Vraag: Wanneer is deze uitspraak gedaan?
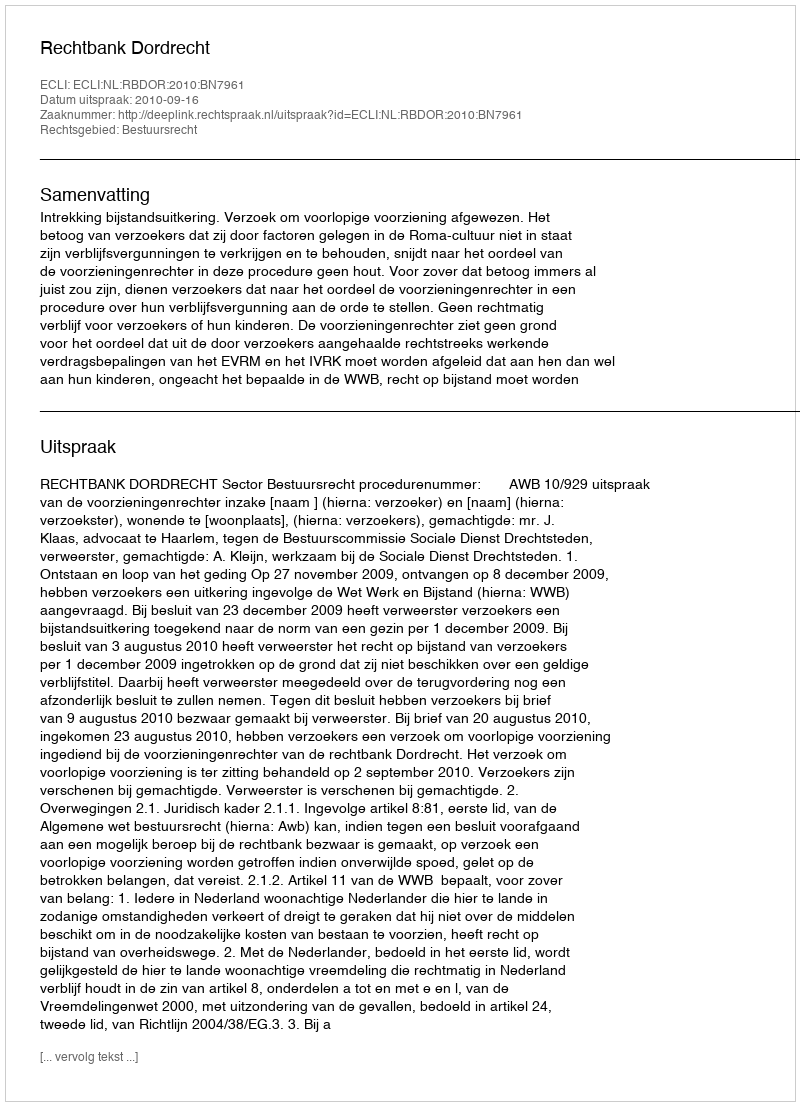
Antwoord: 2010-09-16